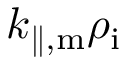
k _ { \parallel , \mathrm { m } } \rho _ { \mathrm { i } }